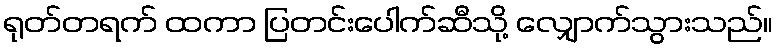
ရုတ်တရက် ထကာ ပြတင်းပေါက်ဆီသို့ လျှောက်သွားသည်။